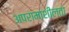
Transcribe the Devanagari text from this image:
अपरामाशीलता